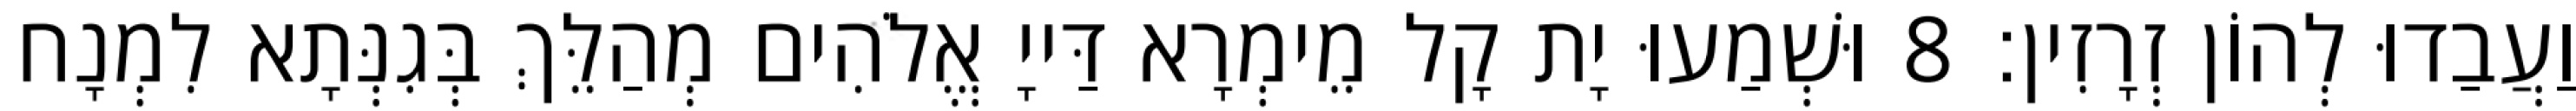
וַעֲבַדוּ לְהוֹן זְרָזִין׃ 8 וּשְׁמַעוּ יָת קָל מֵימְרָא דַּייָ אֱלֹהִים מְהַלֵּךְ בְּגִנְּתָא לִמְנָח